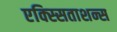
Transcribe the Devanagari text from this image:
एक्स्सिताशन्स